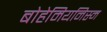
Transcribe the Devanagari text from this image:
बोहेमियनिस्म